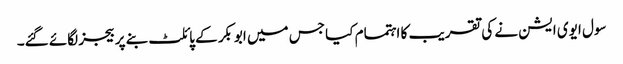
سول ایوی ایشن نے کی تقریب کا اہتمام کیا جس میں ابوبکر کے پائلٹ بنے پر بیجز لگائے گئے۔